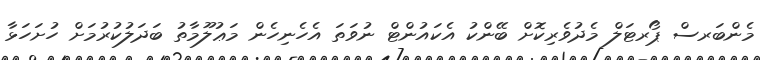
މެންބަރސް ޕޯރޓަލް މެދުވެރިކޮށް ބޭންކު އެކައުންޓް ނުވަތަ އެހެނިހެން މަޢުލޫމާތު ބަދަލުކުރުމަށް ހުށަހަޅާ